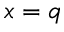
x = q